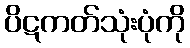
ပိဋကတ်သုံးပုံကို